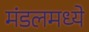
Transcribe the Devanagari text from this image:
मंडलमध्ये